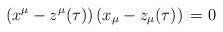
LaTeX: \begin{align*}(x^{\mu} - z^{\mu} (\tau)) \, (x_{\mu} - z_{\mu} (\tau)) \, = 0\end{align*}